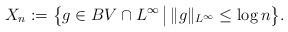
LaTeX: \begin{align*} X_n:=\big\{g\in BV\cap L^{\infty}\, \big|\, \|g\|_{L^{\infty}}\leq \log n\big\}.\end{align*}